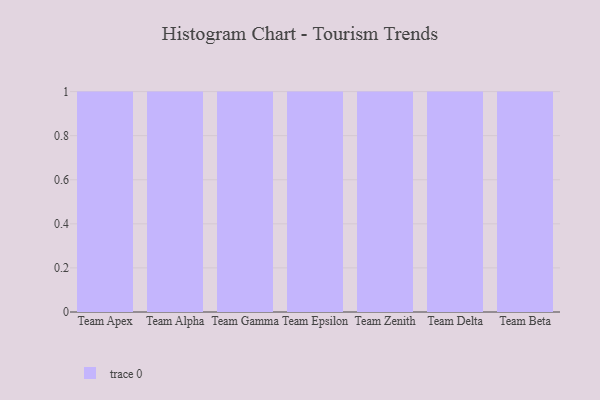
{"axis": {"x": "Team", "y": "Production Output"}, "legend": [""], "data": [{"x": "Team Apex", "y": 29, "type": ""}, {"x": "Team Alpha", "y": 8, "type": ""}, {"x": "Team Gamma", "y": 4, "type": ""}, {"x": "Team Epsilon", "y": 5, "type": ""}, {"x": "Team Zenith", "y": 19, "type": ""}, {"x": "Team Delta", "y": 77, "type": ""}, {"x": "Team Beta", "y": 52, "type": ""}]}